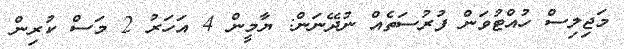
މަޖިލިސް ހުއްޓުވަން ފުރުސަތެއް ނުދޭނަން: ޔާމީން 4 އަހަރު 2 މަސް ކުރިން